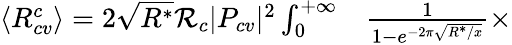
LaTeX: \begin{array}{rl}{\langle R_{cv}^{c}\rangle=2\sqrt{R^{*}}\mathcal{R}_{c}|P_{cv}|^{2}\int_{0}^{+\infty}}&{{}\frac{1}{1-e^{-2\pi\sqrt{R^{*}/x}}}\times}\end{array}